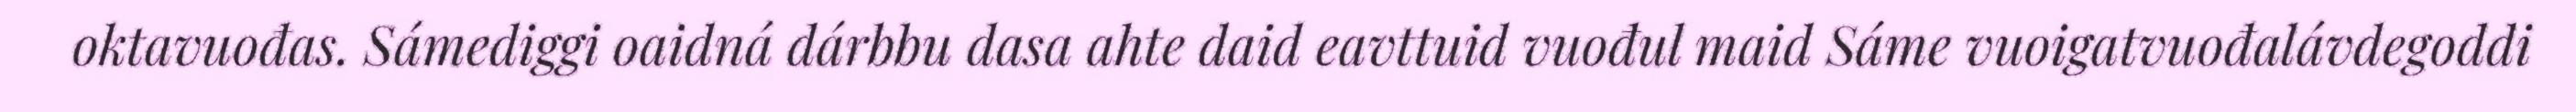
oktavuođas. Sámediggi oaidná dárbbu dasa ahte daid eavttuid vuođul maid Sáme vuoigatvuođalávdegoddi